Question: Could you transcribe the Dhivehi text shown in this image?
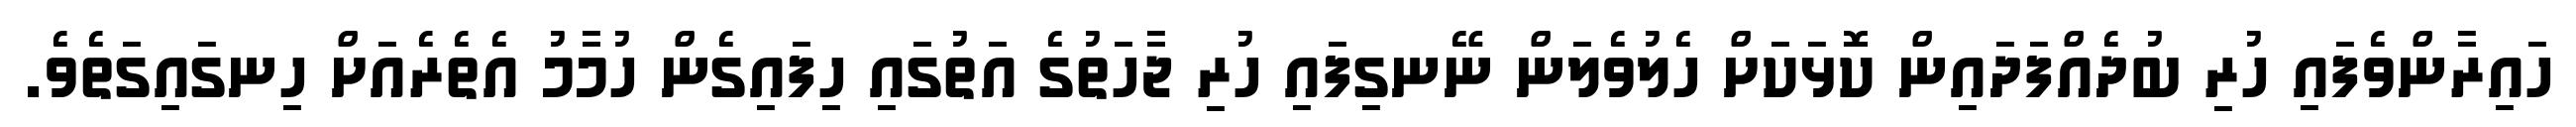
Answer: ހައިރާންވެފައި ހުރި ބުދެއްފަދައިން ކޮޅަކަށް ހެލުވެލަން ނޭނގިފައި ހުރި ޖާހަތުގެ އަތުގައި ހިފައިގެން ހުމާމު އެތެރެއަށް ހިނގައިގަތެވެ.